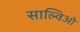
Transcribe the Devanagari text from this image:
साल्विओ